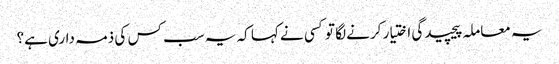
یہ معاملہ پیچیدگی اختیار کرنے لگا تو کسی نے کہا کہ یہ سب کس کی ذمہ داری ہے؟